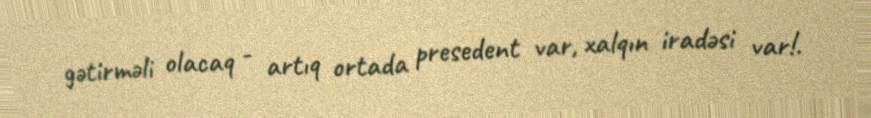
gətirməli olacaq - artıq ortada presedent var, xalqın iradəsi var!.